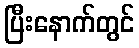
ပြီးနောက်တွင်